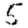
Digit: 5